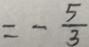
= - \frac { 5 } { 3 }